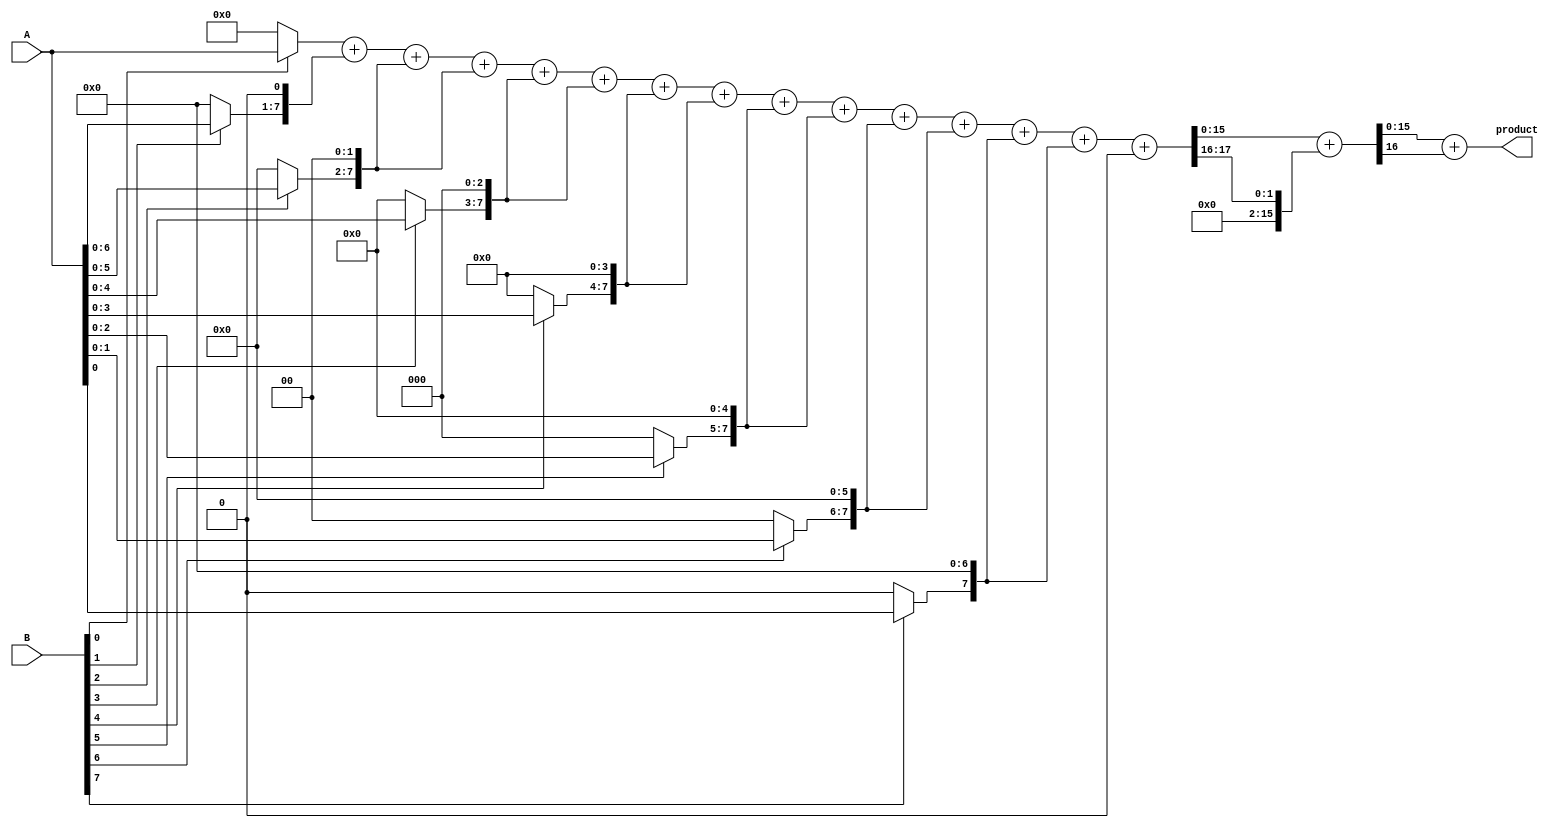
module wallace_tree_multiplier #(parameter A_WIDTH = 8, B_WIDTH = 8)(
    input [A_WIDTH-1:0] A,
    input [B_WIDTH-1:0] B,
    output reg [A_WIDTH + B_WIDTH - 1:0] product
);

    // Generate partial products
    wire [A_WIDTH-1:0] pp[B_WIDTH-1:0]; // Partial products
    genvar i;
    generate
        for (i = 0; i < B_WIDTH; i = i + 1) begin : partial_product_gen
            assign pp[i] = (B[i] ? A : 0) << i; // Shift A based on B's bit
        end
    endgenerate

    // Wallace tree reduction
    wire [A_WIDTH + B_WIDTH - 1:0] sum [0:2*A_WIDTH-1]; // Intermediate sums
    wire [A_WIDTH + B_WIDTH - 1:0] carry [0:2*A_WIDTH-1]; // Intermediate carries

    // Initial stage: Sum the partial products
    assign sum[0] = pp[0];
    assign carry[0] = 0;

    // Wallace tree reduction stages
    genvar j;
    generate
        for (j = 0; j < B_WIDTH; j = j + 1) begin : reduction_stage
            if (j < B_WIDTH - 1) begin
                // Combine three inputs using full adders
                wire [A_WIDTH + B_WIDTH - 1:0] a, b, c;
                assign a = sum[j];
                assign b = pp[j + 1];
                assign c = (j + 2 < B_WIDTH) ? pp[j + 2] : 0;

                // Full adder logic
                wire [A_WIDTH + B_WIDTH - 1:0] sum_out, carry_out;
                assign {carry_out, sum_out} = a + b + c;

                assign sum[j + 1] = sum_out;
                assign carry[j + 1] = carry_out;
            end
        end
    endgenerate

    // Final addition stage
    wire [A_WIDTH + B_WIDTH - 1:0] final_sum;
    wire [A_WIDTH + B_WIDTH - 1:0] final_carry;

    assign {final_carry, final_sum} = sum[B_WIDTH - 1] + carry[B_WIDTH - 1];

    // Output the final product
    always @(*) begin
        product = final_sum + final_carry;
    end

endmodule